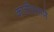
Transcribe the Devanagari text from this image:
कात्रीप्रमाणे